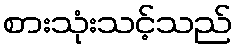
စားသုံးသင့်သည်